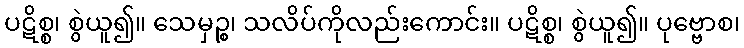
ပဋိစ္စ၊ စွဲယူ၍။ သေမှဉ္စ၊ သလိပ်ကိုလည်းကောင်း။ ပဋိစ္စ၊ စွဲယူ၍။ ပုဗ္ဗောစ၊